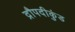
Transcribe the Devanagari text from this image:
द्रौपदीकुंड